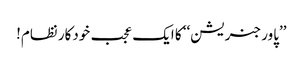
’’پاور جنریشن‘‘ کا ایک عجب خودکار نظام!